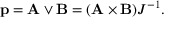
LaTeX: \mathbf { p } = \mathbf { A } \lor \mathbf { B } = ( \mathbf { A } \times \mathbf { B } ) J ^ { - 1 } .